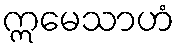
ဣမေသာဟံ